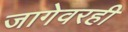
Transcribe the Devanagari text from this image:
जागेवरही